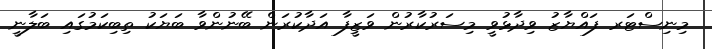
މިނިސްޓަރ ފައްޔާޒު ވިދާޅުވީ މިސަރުކާރުން ވަޒީފާ އަދާކުރަން ބޭނުންވާ ބަޔަކު ތިބިކަމުގައި ބަލާނީ